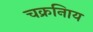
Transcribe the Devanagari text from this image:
चक्रनािय